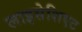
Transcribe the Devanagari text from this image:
लाइसेशिएट